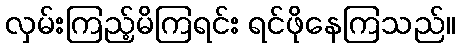
လှမ်းကြည့်မိကြရင်း ရင်ဖိုနေကြသည်။